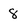
Character: 8